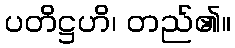
ပတိဋ္ဌဟိ၊ တည်၏။